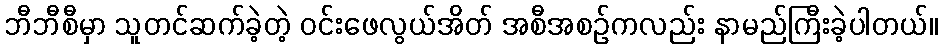
ဘီဘီစီမှာ သူတင်ဆက်ခဲ့တဲ့ ဝင်းဖေလွယ်အိတ် အစီအစဉ်ကလည်း နာမည်ကြီးခဲ့ပါတယ်။